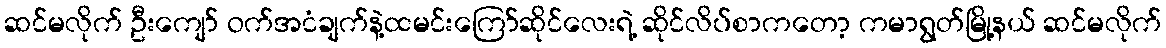
ဆင်မလိုက် ဦးကျော် ဝက်အငံချက်နဲ့ထမင်းကြော်ဆိုင်လေးရဲ့ ဆိုင်လိပ်စာကတော့ ကမာရွတ်မြို့နယ် ဆင်မလိုက်